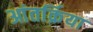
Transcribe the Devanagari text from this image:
आंतर्क्रिया